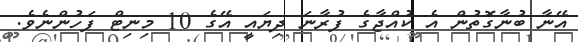
އޭނާ ބުނާގޮތުން އެ ކުއްޖާގެ ފުރާނަ ދިޔައީ އޭގެ 10 މިނިޓް ފަހުންނެވެ.